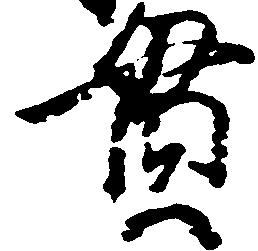
貫